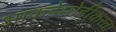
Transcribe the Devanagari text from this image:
आकडेमोडींकरता